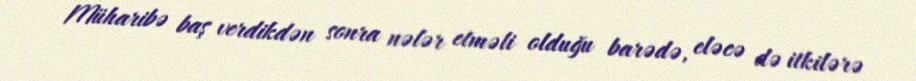
Müharibə baş verdikdən sonra nələr etməli olduğu barədə, eləcə də itkilərə